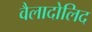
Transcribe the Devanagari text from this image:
वैलादोलिद